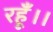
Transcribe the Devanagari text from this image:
रहूँ।।